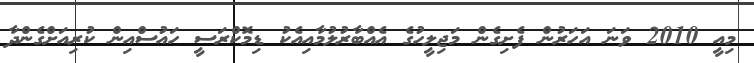
މިއީ 2010 ވަނަ އަހަރުން ފެށިގެން މަޖިލީހުގެ އެއްބާރުލުމާއިއެކު ޑިމޮކްރަސީ ހައުސްއިން ކުރިއަށްގެންދާ